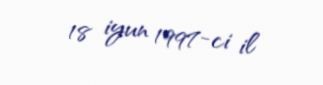
18 iyun 1997-ci il